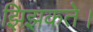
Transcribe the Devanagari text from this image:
झिझकते।